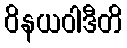
ဝိနယဝါဒီတိ